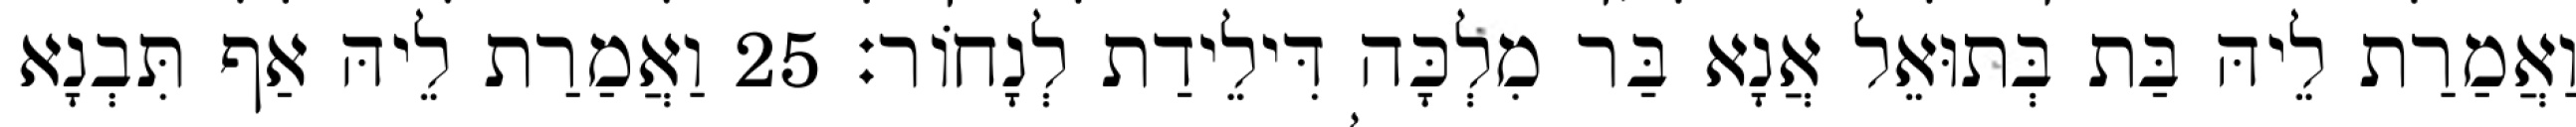
וַאֲמַרַת לֵיהּ בַּת בְּתוּאֵל אֲנָא בַּר מִלְכָּה דִּילֵידַת לְנָחוֹר׃ 25 וַאֲמַרַת לֵיהּ אַף תִּבְנָא